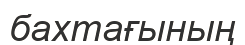
бахтағының